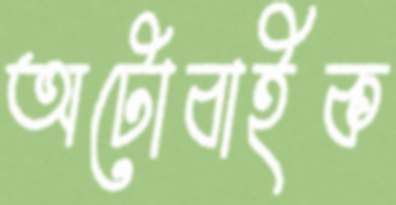
অটোবাইক